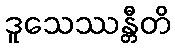
ဒူသေဿန္တီတိ